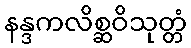
နန္ဒကလိစ္ဆဝိသုတ္တံ